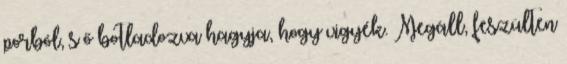
porból, s ő botladozva hagyja, hogy vigyék. Megáll, feszülten